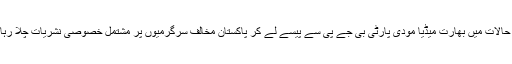
انہی حالات میں بھارت میڈیا مودی پارٹی بی جے پی سے پیسے لے کر پاکستان مخالف سرگرمیوں پر مشتمل خصوصی نشریات چلا رہا ہے۔